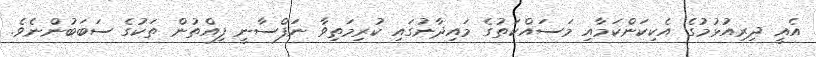
އެއީ ދިރިއުޅުމުގެ އެކިކަންކަމާއި މަސައްކަތުގެ މައިދާނުގައި ކުރިމަތިވާ ނަފްސާނީ ފިއްތުން ތަކުގެ ސަބަބުންނެވެ.